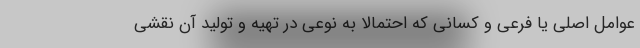
عوامل اصلی یا فرعی و کسانی که احتمالا به نوعی در تهیه و تولید آن نقشی